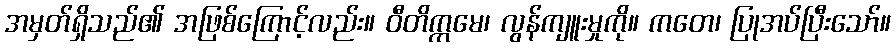
အမှတ်ရှိသည်၏ အဖြစ်ကြောင့်လည်း။ ဝီတိက္ကမေ၊ လွန်ကျူးမှုကို။ ကတေ၊ ပြုအပ်ပြီးသော်။